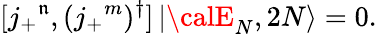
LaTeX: [j_{+}{}^{\mathfrak{n}},(j_{+}{}^{m})^{\dagger}]\left|{\calE}_{N},2N\right\rangle=0.